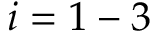
i = 1 - 3